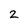
Character: 2